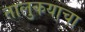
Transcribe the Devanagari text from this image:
तालुकयाचा